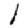
Digit: 1